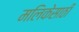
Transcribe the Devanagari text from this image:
मलिकेसाठी